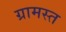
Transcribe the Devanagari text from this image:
ग्रामस्त